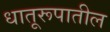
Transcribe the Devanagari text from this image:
धातूरूपातील